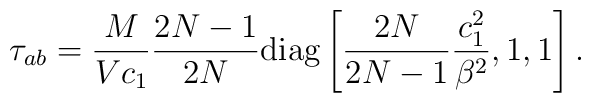
\tau_{ab}=\frac{M}{Vc_1}\frac{2N-1}{2N}    {\rm diag}\left [\frac{2N}{2N-1}\frac{c_1^2}{\beta^2},    1,1\right].